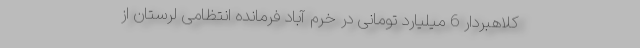
کلاهبردار 6 میلیارد تومانی در خرم آباد فرمانده انتظامی لرستان از